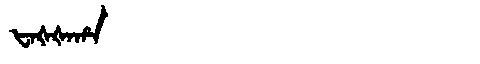
Manchu: ᡶᠠᡧᡧᠠᡥᠠ
Romanization: FAŠŠAHA